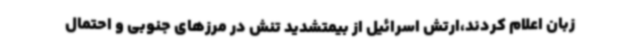
زبان اعلام کردند،ارتش اسرائیل از بیمتشدید تنش در مرزهای جنوبی و احتمال